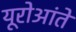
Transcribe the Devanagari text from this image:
यूरोआंते